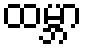
ထမ္ဘာ